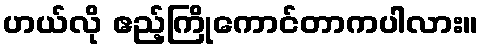
ဟယ်လို ဧည့်ကြိုကောင်တာကပါလား။